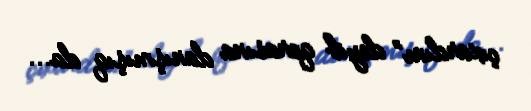
çıxardım” deyib qarasına danışmışıq da...